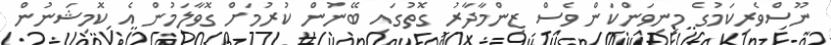
ނޫސްވެރިކަމުގެ މިނިވަންކަން ވެސް ޒިންމާދާރު ގޮތުގައި ބޭނުން ކުރުމަށް ގޮވާލަމުން އެ ކޮމިޝަނުން